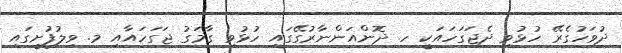
ދުވަހުގެރޭ ހުޅުވި ދެޖަގަހައަކީ ހ. ދޮންއަންނާރުގޭގައި ހުޅުވި ގާމަގު ޖަގަހައާއި މ. ވިލުފުށީގައި